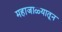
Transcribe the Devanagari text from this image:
महाजाळ्यातून